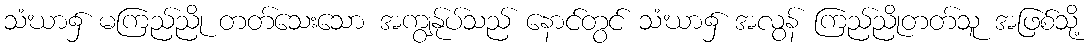
သံဃာ၌ မကြည်ညို တတ်သေးသော အကျွန်ုပ်သည် နောင်တွင် သံဃာ၌ အလွန် ကြည်ညိုတတ်သူ အဖြစ်သို့